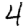
Digit: 4